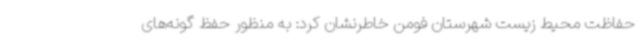
حفاظت محیط زیست شهرستان فومن خاطرنشان کرد: به منظور حفظ گونه‌های